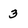
Character: 3